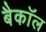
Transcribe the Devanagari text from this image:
बैकॉल